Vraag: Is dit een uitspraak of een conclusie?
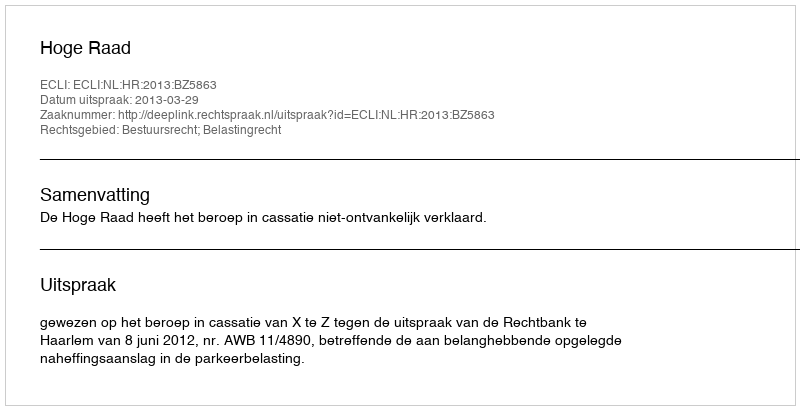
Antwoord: Uitspraak